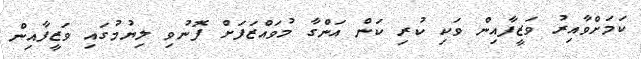
ކަމަށްވާއިރު ވަޒީފާއިން ވަކި ކުރި ކަން އަންގާ މުވައްޒަފަށް ފޮނުވި ލިޔުމުގައި ވަޒީފާއިން